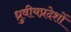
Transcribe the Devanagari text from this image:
ध्रुवीयप्रदेशों